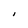
Character: I